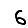
Digit: 6